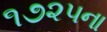
૧૭૨૫ના